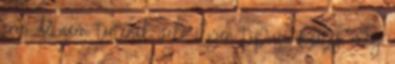
erre, de nem történik vele ilyen típusú fizetés, míg